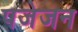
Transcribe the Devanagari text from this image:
पजेजन